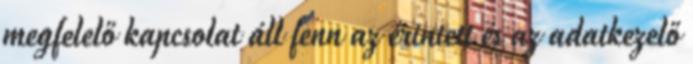
megfelelő kapcsolat áll fenn az érintett és az adatkezelő